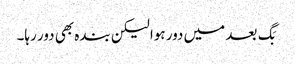
بَگ بعد میں دور ہوا لیکن بندہ بھی دور رہا۔